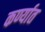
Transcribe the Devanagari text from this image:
कर्ण्यात